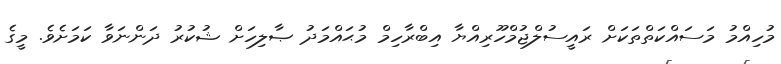
މުހިއްމު މަސައްކަތްތަކަށް ރައީސުލްޖުމްހޫރިއްޔާ އިބްރާހިމް މުޙައްމަދު ޞާލިހަށް ޝުކުރު ދަންނަވާ ކަމަށެވެ. މީގެ